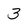
Character: 3